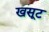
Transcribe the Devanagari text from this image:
खसूट